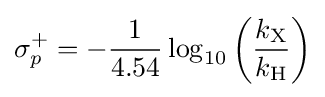
\sigma _{p}^{+}=-{\frac {1}{4.54}}\log _{10}\left({\frac {k_{\mathrm {X} }}{k_{\mathrm {H} }}}\right)